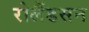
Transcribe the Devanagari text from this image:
रोलैंडसन